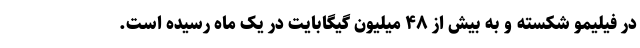
در فیلیمو شکسته و به بیش از ۴۸ میلیون گیگابایت در یک ماه رسیده است.